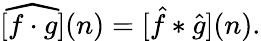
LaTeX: [{\widehat{f\cdot g}}](n)=[{\hat{f}}*{\hat{g}}](n).